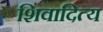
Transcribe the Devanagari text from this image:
शिवादित्य